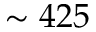
\sim 4 2 5